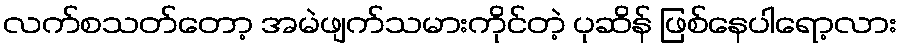
လက်စသတ်တော့ အမဲဖျက်သမားကိုင်တဲ့ ပုဆိန် ဖြစ်နေပါရော့လား